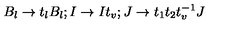
B _ { l } \rightarrow t _ { l } B _ { l } ; I \rightarrow I t _ { v } ; J \rightarrow t _ { 1 } t _ { 2 } t _ { v } ^ { - 1 } J